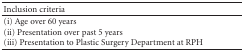
<table><thead><tr><td><b>Inclusion criteria</b></td></tr></thead><tbody><tr><td>(i) Age over 60 years(ii) Presentation over past 5 years(iii) Presentation to Plastic Surgery Department at RPH</td><td></td></tr></tbody></table>